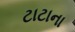
ટાટાના